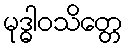
မုဒ္ဓါဝသိတ္တေ